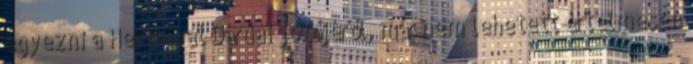
egyezni a Herthával Dárdai jövőjéről, már nem lehetett értelmesen